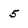
Character: 5